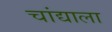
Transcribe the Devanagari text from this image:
चांद्याला